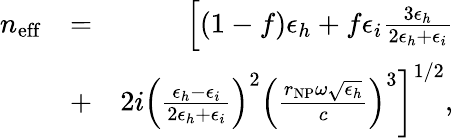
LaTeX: \begin{array}{rlr}{n_{\mathrm{eff}}}&{=}&{\left[(1-f)\epsilon_{h}+f\epsilon_{i}\frac{3\epsilon_{h}}{2\epsilon_{h}+\epsilon_{i}}\right.}\\ &{+}&{\left.2i\left(\frac{\epsilon_{h}-\epsilon_{i}}{2\epsilon_{h}+\epsilon_{i}}\right)^{2}\left(\frac{r_{\mathrm{NP}}\omega\sqrt{\epsilon_{h}}}{c}\right)^{3}\right]^{1/2},}\end{array}